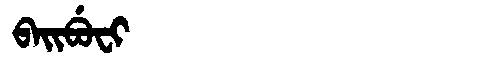
Manchu: ᠪᠠᡳᠪᡠᠸᡳ
Romanization: BAIBUFI